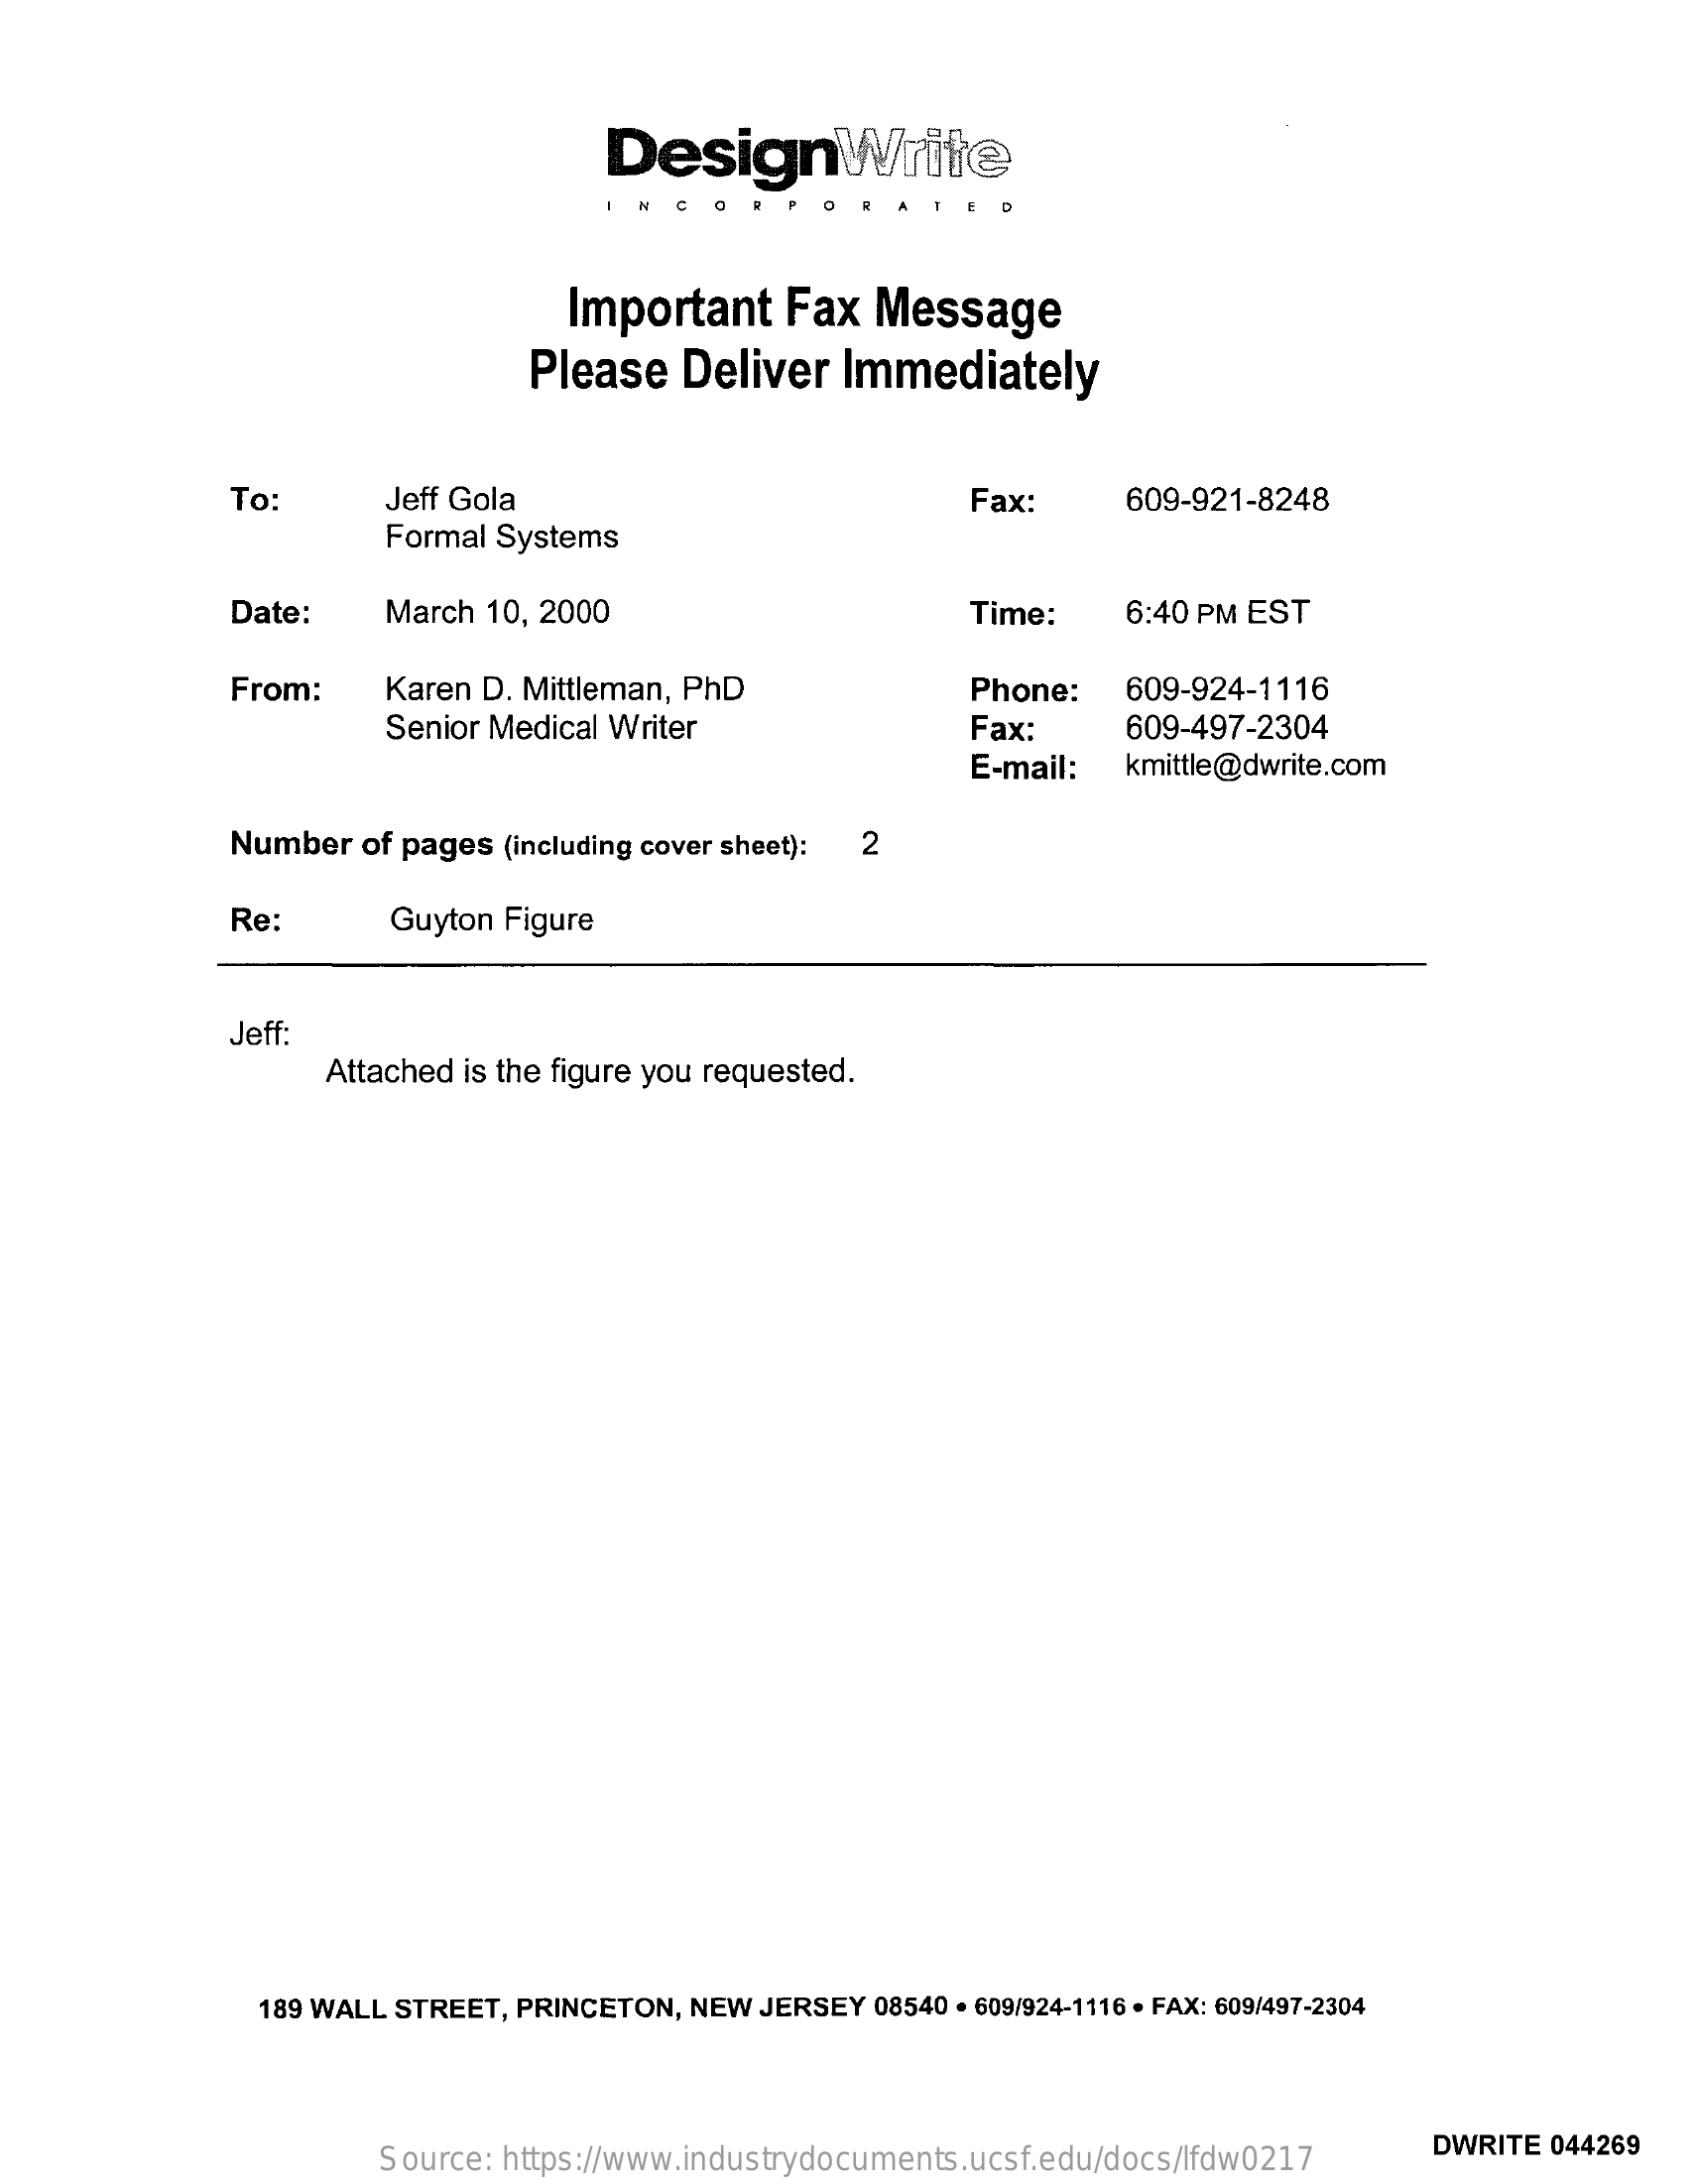
DesignWrite
     N CO
     Important    Fax  Message
     Please  Deliver   Immediately
     To:    Jeff Gola    Fax:    609-921-8248
     Formal Systems
     Date:    March 10, 2000    Time:    6:40 PM EST
     From:    Karen D. Mittleman, PhD    Phone:   609-924-1116
     Senior Medical Writer    Fax:    609-497-2304
     E-mail:  kmittle@dwrite.com
     Number  of pages (including cover sheet): 2
     Re:    Guyton Figure
     Jeff:
     Attached is the figure you requested.
     189 WALL STREET, PRINCETON, NEW JERSEY 08540 . 609/924-1116 . FAX: 609/497-2304
     Source: https://www.industrydocuments.ucsf.edu/docs/lfdw0217
     DWRITE 044269